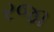
રજા